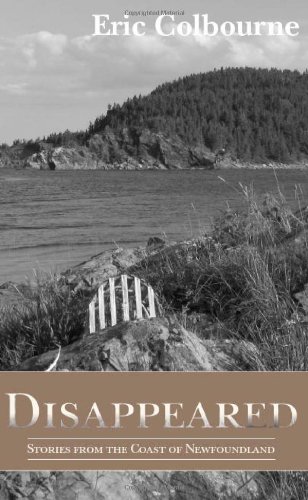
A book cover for Disappeared: Stories from the Coast of Newfoundland; Eric Colbourne; Biographies & Memoirs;